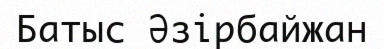
Батыс Әзірбайжан